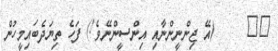
٧٧     (އޭ ޖިންނީންނާއި އިންސީންނޭވެ!) ފަހެ ތިޔަދެބައިމީހުން